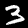
Digit: 3